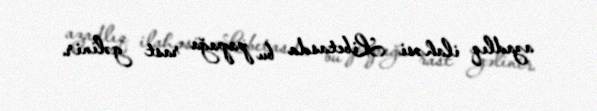
azadlıq ilahəsi Libetasda bu papağa rast gəlinir.